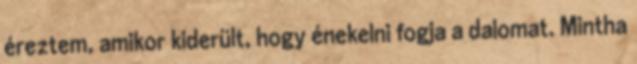
éreztem, amikor kiderült, hogy énekelni fogja a dalomat. Mintha